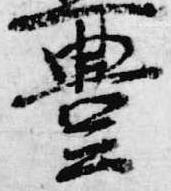
豊